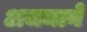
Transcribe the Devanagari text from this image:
अजमाने